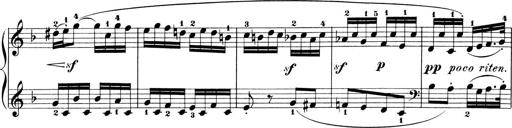
Title: 6 Piano Sonatinas
Composer: Cornelius Gurlitt